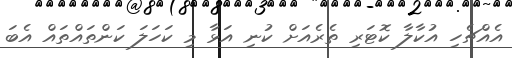
އެއްޗެހި އުކާލާ ކޮޓަރި ތެރެއަށް ކުނި އަޅާ މި ކަހަލަ ކަންތައްތައް އެބަ